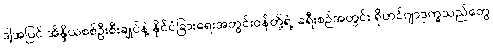
ဒါ့အပြင် အိန္ဒိယစစ်ဦးစီးချုပ်နဲ့ နိုင်ငံခြားရေးအတွင်းဝန်တို့ရဲ့ ခရီးစဉ်အတွင်း ရိုဟင်ဂျာဒုက္ခသည်တွေ